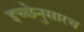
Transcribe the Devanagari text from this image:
इच्छेनुसारच